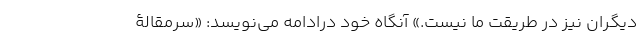
دیگران نیز در طریقت ما نیست.» آنگاه خود درادامه می‌نویسد: «سرمقالۀ